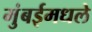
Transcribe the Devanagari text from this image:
मुंबईमधले